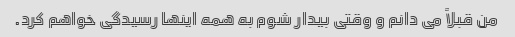
من قبلاً می دانم و وقتی بیدار شوم به همه اینها رسیدگی خواهم کرد.